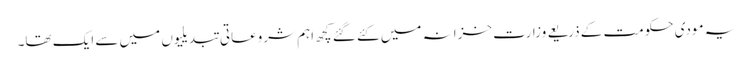
یہ مودی حکومت کے ذریعے وزارت خزانہ میں کئے گئے کچھ اہم شروعاتی تبدیلیوں میں سے ایک تھا۔